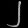
Digit: ၂